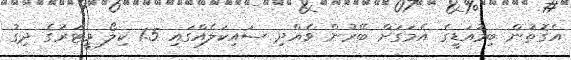
އެގޮތުން ބިމުއަޑީގެ އެމަގަށް ބޭރުން ވެއްދި ސައިކަލެއްގައި 1.5 ކިލޯ މީޓަރުގެ ދިގު